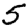
Digit: 5